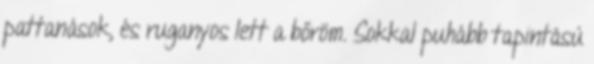
pattanások, és ruganyos lett a bőröm. Sokkal puhább tapintású